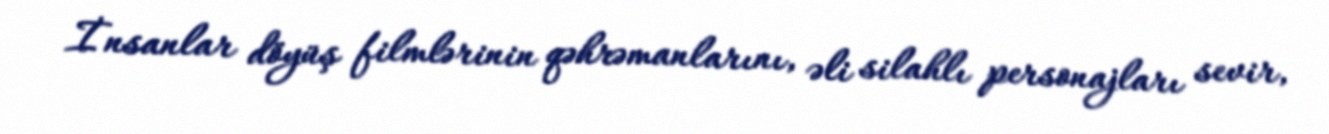
İnsanlar döyüş filmlərinin qəhrəmanlarını, əli silahlı personajları sevir,